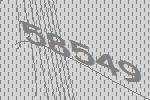
58549